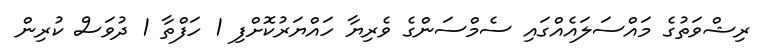
ރިޝްވަތުގެ މައްސަލައެއްގައި ސެމްސަންގެ ވެރިޔާ ހައްޔަރުކޮށްފި 1 ހަފްތާ 1 ދުވަސް ކުރިން